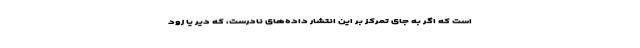
است که اگر به جای تمرکز بر این انتشار داده‌های نادرست، که دیر یا زود